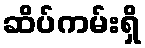
ဆိပ်ကမ်းရှိ